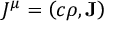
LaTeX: J ^ { \mu } = \left( c \rho , \mathbf { J } \right)